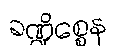
ခဏ္ဍိစ္စေန